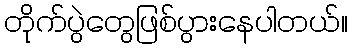
တိုက်ပွဲတွေဖြစ်ပွားနေပါတယ်။